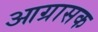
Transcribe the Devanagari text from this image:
आग्रासक